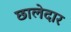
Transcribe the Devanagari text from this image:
छालेदार